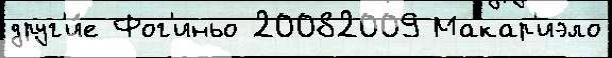
друг'и́е Фог'иньо 20082009 Макар'иэло